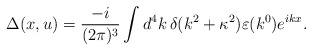
\begin{align*}\Delta(x,u) = \frac{- i}{(2\pi)^{3}} \int d^{4}k\, \delta(k^{2} + \kappa^{2}) \varepsilon(k^{0}) e^{ikx}.\end{align*}